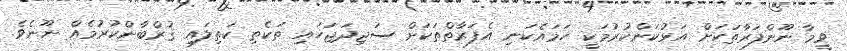
ވީމާ ނޫންފަރާތަކަށް އަޅުކަންކުރުމަކީ ހަމައެކަނި އެފަރާތްތަކަށް ސަޖިދަޖަހައި ތަކެތި ކަތިލައި ޤުރްބާންކުރުމެއް ނޫނެވެ.